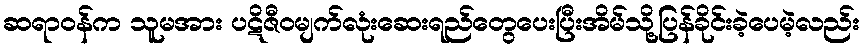
ဆရာဝန်က သူမအား ပဋိဇီဝမျက်လုံးဆေးရည်တွေပေးပြီးအိမ်သို့ပြန်ခိုင်းခဲ့ပေမဲ့လည်း